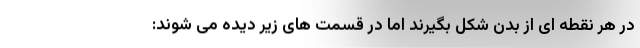
در هر نقطه ای از بدن شکل بگیرند اما در قسمت های زیر دیده می شوند: